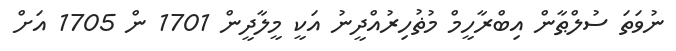
ނުވަތަ ސުލްޠާން އިބްރާހީމް މުޡުހިރުއްދީނު އަކީ މީލާދީން 1701 ން 1705 އަށް